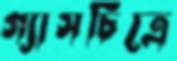
গ্যাসচিত্রে